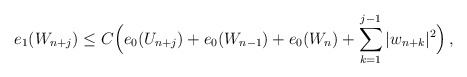
\begin{align*}e_1(W_{n+j}) \le C\Big(e_0(U_{n+j}) + e_0(W_{n-1}) + e_0(W_n) +\sum_{k=1}^{j-1} |w_{n+k}|^2\Big)\,,\end{align*}